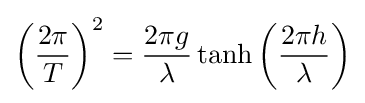
\displaystyle \left({\frac {2\pi }{T}}\right)^{2}={\frac {2\pi g}{\lambda }}\tanh \left({\frac {2\pi h}{\lambda }}\right)